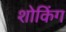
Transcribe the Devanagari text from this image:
शोकिंग